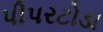
પીપરટોડા